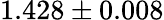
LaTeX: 1.428\pm 0.008